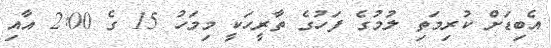
އެބިޑަށް ކުރިމަތި ލުމުގެ ފަހުގެ ތާރީހަކީ މިމަހު 15 ގެ 2:00 އާއި